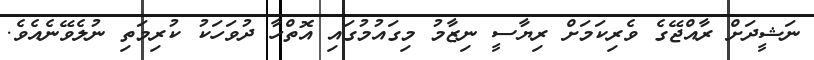
ނަޝީދަށް ރާއްޖޭގެ ވެރިކަމަށް ރިޔާސީ ނިޒާމު މިގައުމުގައި އޮތްހާ ދުވަހަކު ކުރިމަތި ނުލެވޭނެއެވެ.